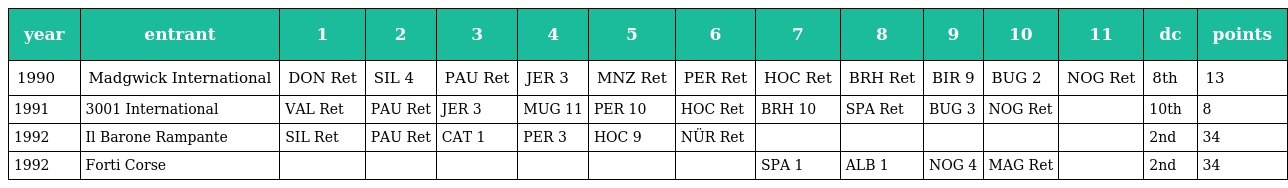
| year | entrant | 1 | 2 | 3 | 4 | 5 | 6 | 7 | 8 | 9 | 10 | 11 | dc | points |
 | --- | --- | --- | --- | --- | --- | --- | --- | --- | --- | --- | --- | --- | --- | --- |
 | 1990 | Madgwick International | DON Ret | SIL 4 | PAU Ret | JER 3 | MNZ Ret | PER Ret | HOC Ret | BRH Ret | BIR 9 | BUG 2 | NOG Ret | 8th | 13 |
 | 1991 | 3001 International | VAL Ret | PAU Ret | JER 3 | MUG 11 | PER 10 | HOC Ret | BRH 10 | SPA Ret | BUG 3 | NOG Ret |  | 10th | 8 |
 | 1992 | Il Barone Rampante | SIL Ret | PAU Ret | CAT 1 | PER 3 | HOC 9 | NÜR Ret |  |  |  |  |  | 2nd | 34 |
 | 1992 | Forti Corse |  |  |  |  |  |  | SPA 1 | ALB 1 | NOG 4 | MAG Ret |  | 2nd | 34 |